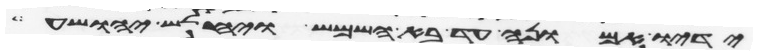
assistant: ידיו אמונה עד בא השמש ויחלש יהושע